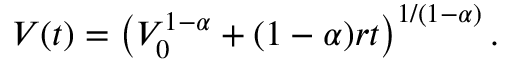
V ( t ) = \left( V _ { 0 } ^ { 1 - \alpha } + ( 1 - \alpha ) r t \right) ^ { 1 / ( 1 - \alpha ) } .